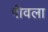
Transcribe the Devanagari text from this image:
पीवला